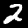
Digit: 2